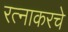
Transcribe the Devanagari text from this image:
रत्‍नाकरचे